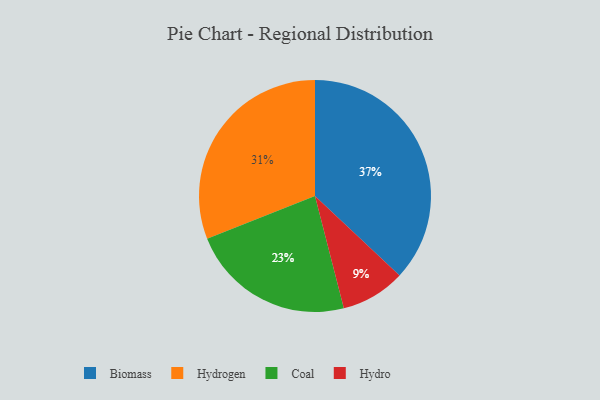
{"axis": {"x": "Category", "y": "Percentage"}, "legend": ["Biomass", "Coal", "Hydro", "Hydrogen"], "data": [{"x": "Coal", "y": 23, "type": "Coal"}, {"x": "Hydro", "y": 9, "type": "Hydro"}, {"x": "Biomass", "y": 37, "type": "Biomass"}, {"x": "Hydrogen", "y": 31, "type": "Hydrogen"}]}